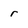
Character: r